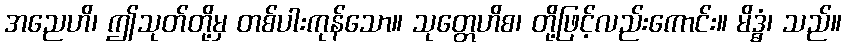
အညေဟိ၊ ဤသုတ်တို့မှ တစ်ပါးကုန်သော။ သုတ္တေဟိစ၊ တို့ဖြင့်လည်းကောင်း။ မိဒ္ဓံ၊ သည်။